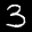
Label: 3